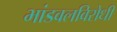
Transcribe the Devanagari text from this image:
भांडवलविरोधी